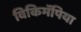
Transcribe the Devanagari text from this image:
विकिमॅपिया